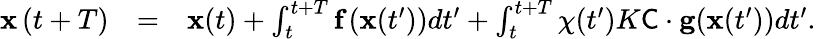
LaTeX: \begin{array}{rlr}{\textbf{x}\left(t+T\right)}&{=}&{\textbf{x}(t)+\int_{t}^{t+T}\textbf{f}\left(\textbf{x}(t^{\prime})\right)dt^{\prime}+\int_{t}^{t+T}{\chi}(t^{\prime})K\textsf{C}\cdot\mathbf{g}(\textbf{x}(t^{\prime}))dt^{\prime}.}\end{array}